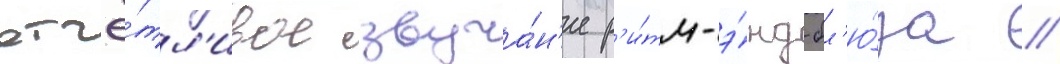
отчё́тл'ивое звуча́н'ие р'и́тм-э́нд-бл'ю́за //